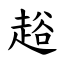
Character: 䞱